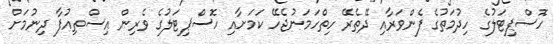
ހޮސްޕިޓަލުގެ ހިދުމަތުގެ ފެންވަރާއި ދޭތެރޭ ހިތްހަމަނުޖެހޭ ކަމަށާއި ހޮސްޕިޓަލުގެ ވެރިން އިސްތިއުފާ ދިނުމަށް